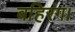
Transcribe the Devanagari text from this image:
बहिरंग।